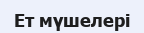
Ет мүшелері